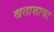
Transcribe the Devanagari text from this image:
खलाशाचा